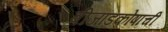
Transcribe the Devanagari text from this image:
बीजांडकोषाची